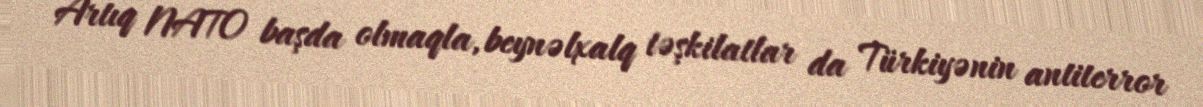
Artıq NATO başda olmaqla, beynəlxalq təşkilatlar da Türkiyənin antiterror